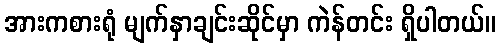
အားကစားရုံ မျက်နှာချင်းဆိုင်မှာ ကဲန်တင်း ရှိပါတယ်။